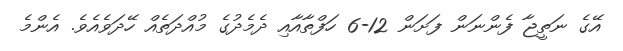
އޭގެ ނަތީޖާ ފެންނަން ފަށަން 12-6 ހަފްތާއާއި ދެމެދުގެ މުއްދަތެއް ހޭދަވެއެވެ. އެންމެ